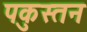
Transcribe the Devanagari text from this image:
पकुस्तन